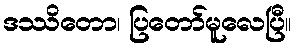
ဒဿိတော၊ ပြတော်မူလေပြီ။